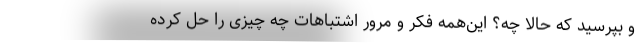
و بپرسید که حالا چه؟ این‌همه فکر و مرور اشتباهات چه چیزی را حل کرده